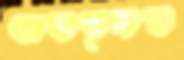
অতত্সম